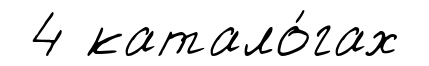
4 катало́гах